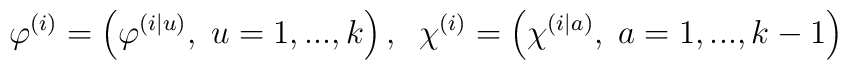
\varphi^{\left(  i\right)  }=\left(  \varphi^{\left(  i|u\right)},\;u=1,...,k\right)  ,\;\;\chi^{\left(  i\right)  }=\left(  \chi^{\left(i|a\right)  },\;a=1,...,k-1\right)